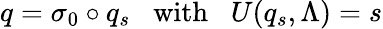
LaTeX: q=\sigma_{0}\circ q_{s}\; \; \mathrm{~with~}\; \; U(q_{s},\Lambda)=s